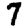
Digit: 7